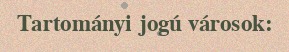
Tartományi jogú városok: